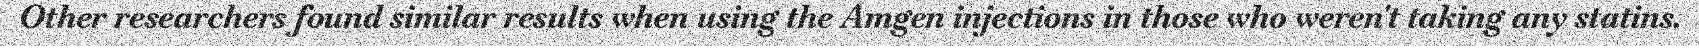
Other researchers found similar results when using the Amgen injections in those who weren't taking any statins.